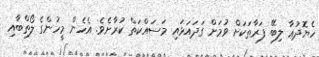
ހެޔޮދުޢާ ލިބޭ ފަރާތަކަށް ވުމަށް ގަދައަޅައި މަސައްކަތް ކުރާށެވެ. އެހެން މީހުންގެ ލޯތްބާއި